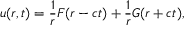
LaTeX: u ( r , t ) = { \frac { 1 } { r } } F ( r - c t ) + { \frac { 1 } { r } } G ( r + c t ) ,